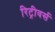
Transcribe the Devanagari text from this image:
रिट्रीवर्स